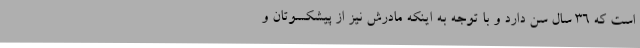
است که 36 سال سن دارد و با توجه به اینکه مادرش نیز از پیشکسوتان و